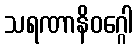
သရဏာနိဝဂ္ဂေါ